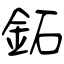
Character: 鉐